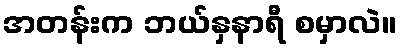
အတန်းက ဘယ်နှနာရီ စမှာလဲ။